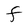
Character: F